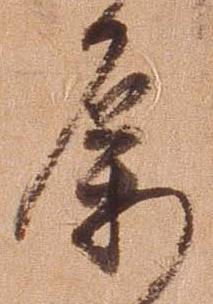
属